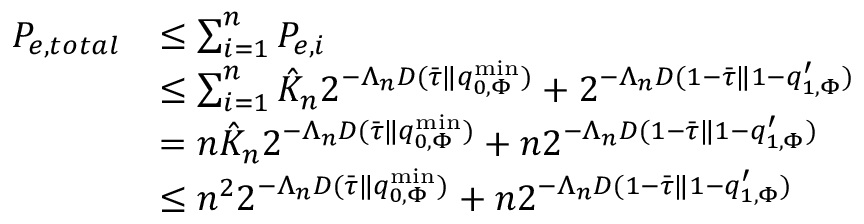
\begin{array} { r l } { P _ { e , t o t a l } } & { \le \sum _ { i = 1 } ^ { n } P _ { e , i } } \\ & { \le \sum _ { i = 1 } ^ { n } \hat { K } _ { n } 2 ^ { - \Lambda _ { n } D ( \bar { \tau } \| q _ { 0 , \Phi } ^ { \mathrm { m i n } } ) } + 2 ^ { - \Lambda _ { n } D ( 1 - \bar { \tau } \| 1 - q _ { 1 , \Phi } ^ { \prime } ) } } \\ & { = n \hat { K } _ { n } 2 ^ { - \Lambda _ { n } D ( \bar { \tau } \| q _ { 0 , \Phi } ^ { \mathrm { m i n } } ) } + n 2 ^ { - \Lambda _ { n } D ( 1 - \bar { \tau } \| 1 - q _ { 1 , \Phi } ^ { \prime } ) } } \\ & { \le n ^ { 2 } 2 ^ { - \Lambda _ { n } D ( \bar { \tau } \| q _ { 0 , \Phi } ^ { \mathrm { m i n } } ) } + n 2 ^ { - \Lambda _ { n } D ( 1 - \bar { \tau } \| 1 - q _ { 1 , \Phi } ^ { \prime } ) } } \end{array}